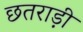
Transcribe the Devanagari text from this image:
छतराड़ी